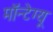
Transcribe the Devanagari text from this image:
मॉन्टेग्यू